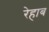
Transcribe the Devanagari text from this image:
रेहाब